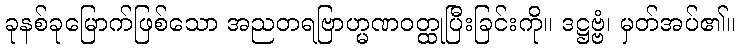
ခုနစ်ခုမြောက်ဖြစ်သော အညတရဗြာဟ္မဏဝတ္ထုပြီးခြင်းကို။ ဒဋ္ဌဗ္ဗံ၊ မှတ်အပ်၏။